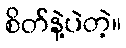
စိတ်နဲ့ပဲတဲ့။